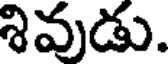
శివుడు.